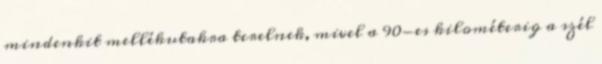
mindenkit mellékutakra terelnek, mivel a 90-es kilométerig a szél